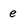
Character: e